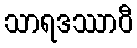
သာရဒဿာဝီ